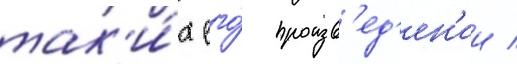
так'и́х его́ произв'ед'ен'ии /